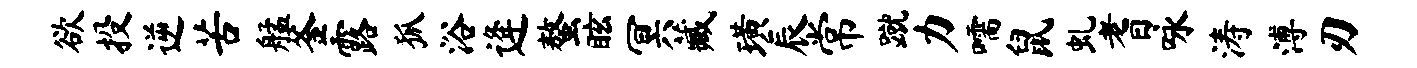
欲投逆苦艋釜露狐浴逄螯眩冥藏璜辰常蹴力嚅鼠虬耆咏涛溥刃